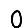
Digit: 0